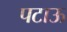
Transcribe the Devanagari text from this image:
पटाऊ